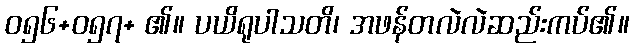
ဝ၅၆+၀၅၇+ ၏။ ပယိရုပါသတိ၊ အဖန်တလဲလဲဆည်းကပ်၏။